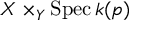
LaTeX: X \times _ { Y } \operatorname { S p e c } k ( p )